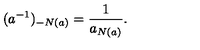
( a ^ { - 1 } ) _ { - N ( a ) } = \frac { 1 } { a _ { N ( a ) } } .